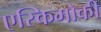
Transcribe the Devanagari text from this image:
एस्किमोकी